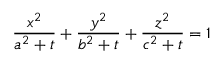
\frac { x ^ { 2 } } { a ^ { 2 } + t } + \frac { y ^ { 2 } } { b ^ { 2 } + t } + \frac { z ^ { 2 } } { c ^ { 2 } + t } = 1